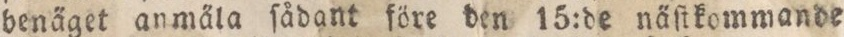
benäget anmäla ſådant före den 15:de näſtkommande